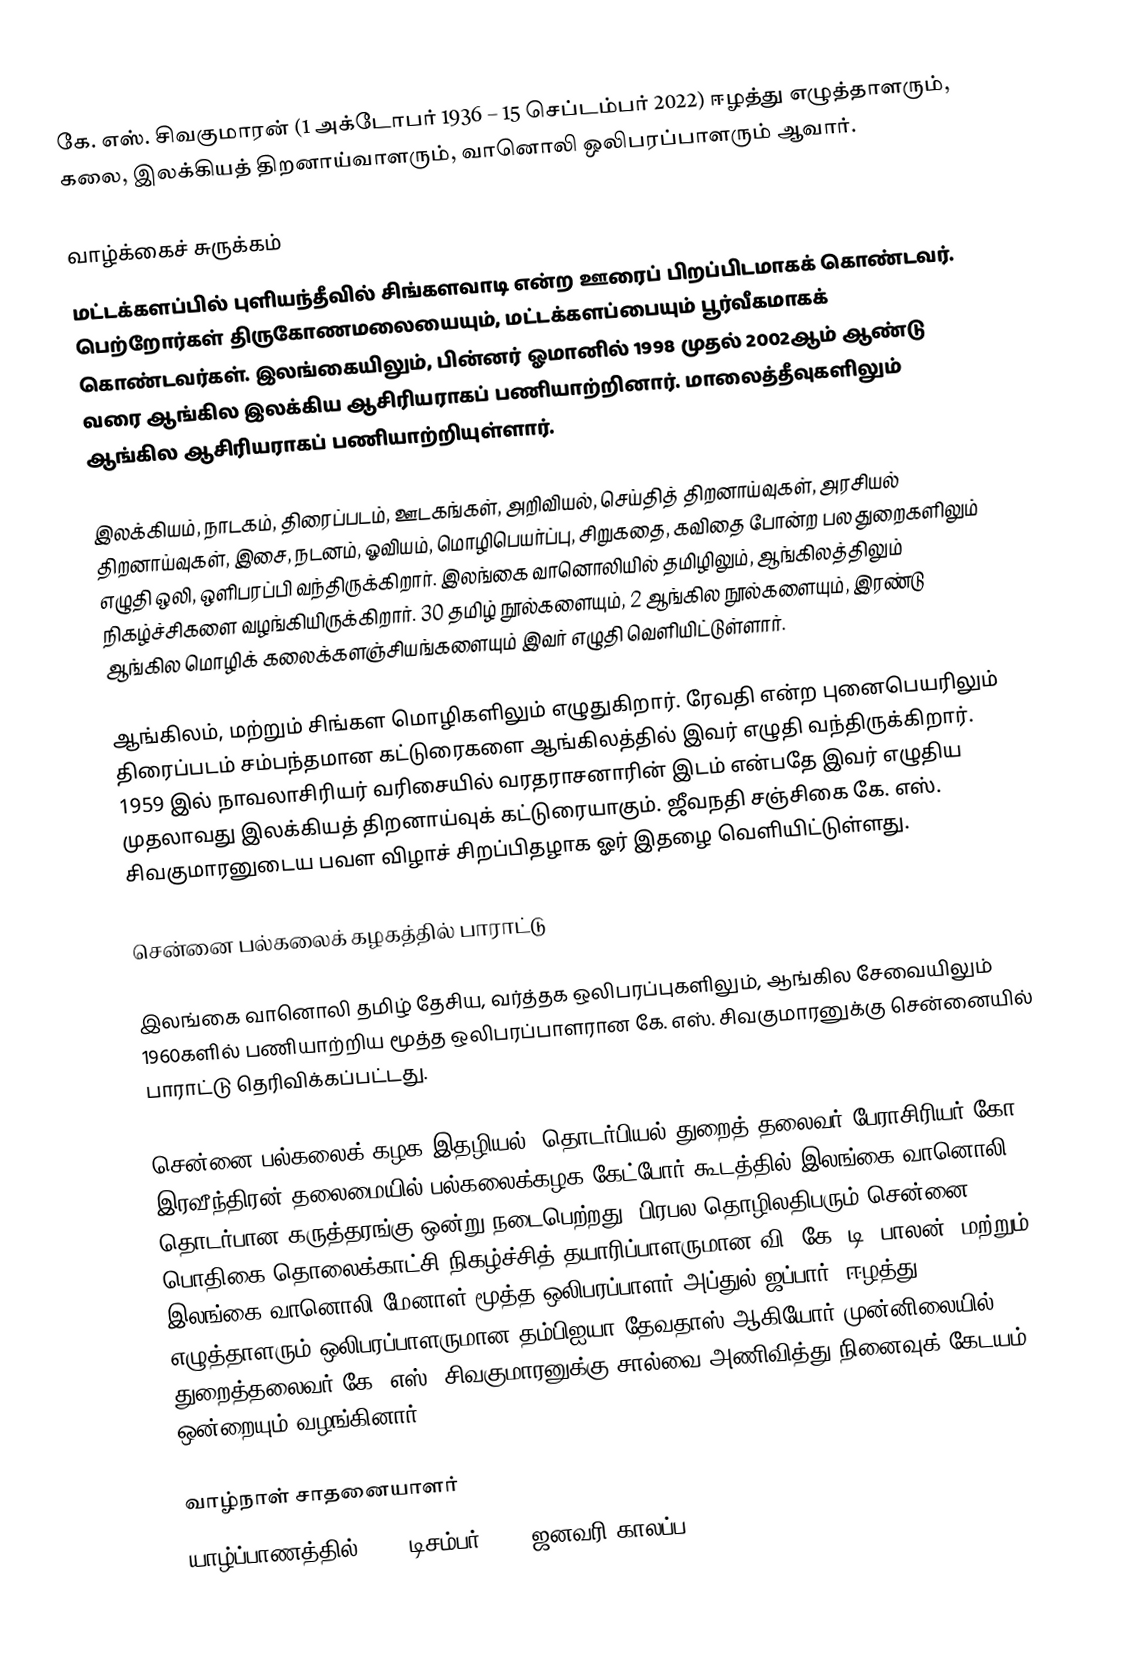
கே. எஸ். சிவகுமாரன் (1 அக்டோபர் 1936 – 15 செப்டம்பர் 2022) ஈழத்து எழுத்தாளரும், கலை, இலக்கியத் திறனாய்வாளரும், வானொலி ஒலிபரப்பாளரும் ஆவார்.

வாழ்க்கைச் சுருக்கம்
மட்டக்களப்பில் புளியந்தீவில் சிங்களவாடி என்ற ஊரைப் பிறப்பிடமாகக் கொண்டவர். பெற்றோர்கள் திருகோணமலையையும், மட்டக்களப்பையும் பூர்வீகமாகக் கொண்டவர்கள். இலங்கையிலும், பின்னர் ஓமானில் 1998 முதல் 2002ஆம் ஆண்டு வரை ஆங்கில இலக்கிய ஆசிரியராகப் பணியாற்றினார். மாலைத்தீவுகளிலும் ஆங்கில ஆசிரியராகப் பணியாற்றியுள்ளார்.

இலக்கியம், நாடகம், திரைப்படம், ஊடகங்கள், அறிவியல், செய்தித் திறனாய்வுகள், அரசியல் திறனாய்வுகள், இசை, நடனம், ஓவியம், மொழிபெயர்ப்பு, சிறுகதை, கவிதை போன்ற பல துறைகளிலும் எழுதி ஒலி, ஒளிபரப்பி வந்திருக்கிறார். இலங்கை வானொலியில் தமிழிலும், ஆங்கிலத்திலும் நிகழ்ச்சிகளை வழங்கியிருக்கிறார். 30 தமிழ் நூல்களையும், 2 ஆங்கில நூல்களையும், இரண்டு ஆங்கில மொழிக் கலைக்களஞ்சியங்களையும் இவர் எழுதி வெளியிட்டுள்ளார்.

ஆங்கிலம், மற்றும் சிங்கள மொழிகளிலும் எழுதுகிறார். ரேவதி என்ற புனைபெயரிலும் திரைப்படம் சம்பந்தமான கட்டுரைகளை ஆங்கிலத்தில் இவர் எழுதி வந்திருக்கிறார். 1959 இல் நாவலாசிரியர் வரிசையில் வரதராசனாரின் இடம் என்பதே இவர் எழுதிய முதலாவது இலக்கியத் திறனாய்வுக் கட்டுரையாகும். ஜீவநதி சஞ்சிகை கே. எஸ். சிவகுமாரனுடைய பவள விழாச் சிறப்பிதழாக ஓர் இதழை வெளியிட்டுள்ளது.

சென்னை பல்கலைக் கழகத்தில் பாராட்டு

இலங்கை வானொலி தமிழ் தேசிய, வர்த்தக ஒலிபரப்புகளிலும், ஆங்கில சேவையிலும் 1960களில் பணியாற்றிய மூத்த ஒலிபரப்பாளரான கே. எஸ். சிவகுமாரனுக்கு சென்னையில் பாராட்டு தெரிவிக்கப்பட்டது.

சென்னை பல்கலைக் கழக இதழியல், தொடர்பியல் துறைத் தலைவர் பேராசிரியர் கோ. இரவீந்திரன் தலைமையில் பல்கலைக்கழக கேட்போர் கூடத்தில் இலங்கை வானொலி தொடர்பான கருத்தரங்கு ஒன்று நடைபெற்றது. பிரபல தொழிலதிபரும் சென்னை பொதிகை தொலைக்காட்சி நிகழ்ச்சித் தயாரிப்பாளருமான வி. கே. டி. பாலன், மற்றும் இலங்கை வானொலி மேனாள் மூத்த ஒலிபரப்பாளர் அப்துல் ஜப்பார், ஈழத்து எழுத்தாளரும் ஒலிபரப்பாளருமான தம்பிஐயா தேவதாஸ் ஆகியோர் முன்னிலையில் துறைத்தலைவர் கே. எஸ். சிவகுமாரனுக்கு சால்வை அணிவித்து நினைவுக் கேடயம் ஒன்றையும் வழங்கினார்.

வாழ்நாள் சாதனையாளர்
யாழ்ப்பாணத்தில் 2020 டிசம்பர்-2021 ஜனவரி காலப்ப